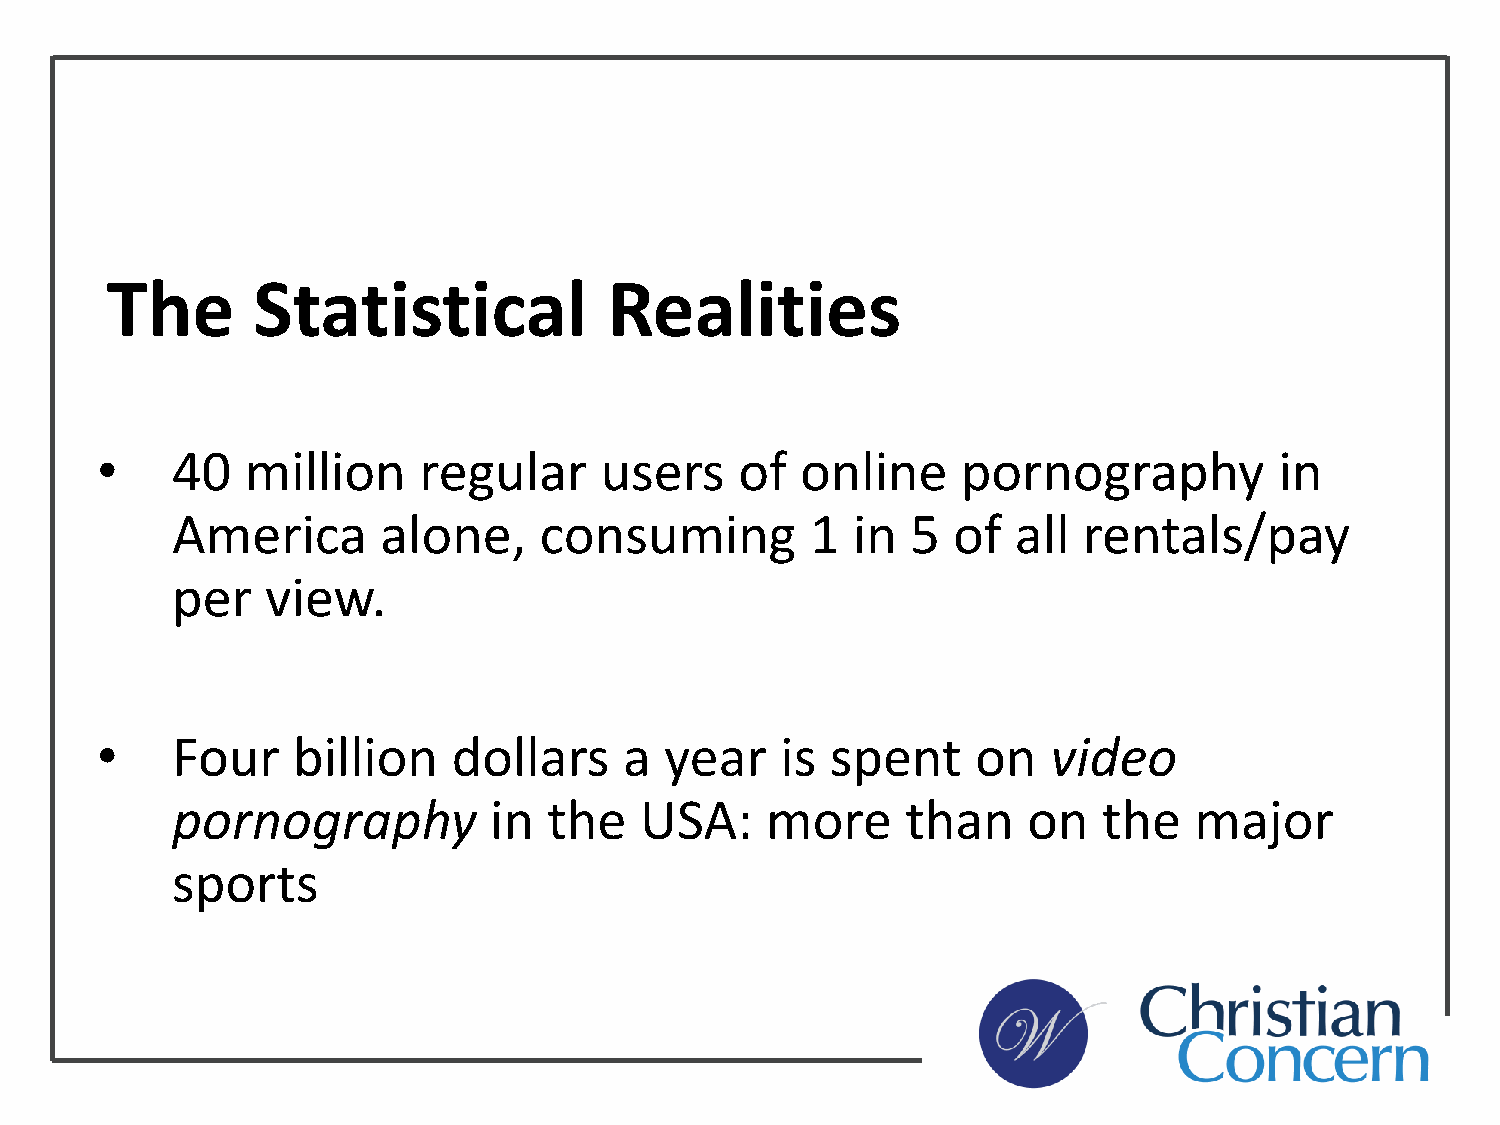
The       Statistical            Realities
 •    40   million     regular     users    of  online     pornography          in
 America       alone,     consuming         1 in  5  of  all  rentals/pay
 per    view.
 •    Four    billion    dollars    a  year    is spent     on   video
 pornography          in  the   USA:     more     than    on   the   major
 sports